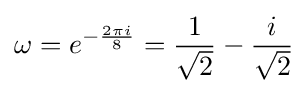
\omega =e^{-{\frac {2\pi i}{8}}}={\frac {1}{\sqrt {2}}}-{\frac {i}{\sqrt {2}}}